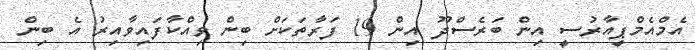
އެމްއެމްޕީއާރުސީ އިން ބަރެސްދޫ އިން 19 ފަރާތަކަށް ބިން ވިއްކާފައިވާއިރު އެ ބިން